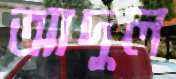
আদুল